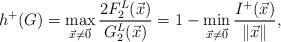
LaTeX: \begin{align*}h^+(G)=\max\limits_{\vec x\ne \vec 0}\frac{2F_2^L(\vec x )}{G_2^L(\vec x)}=1-\min\limits_{\vec x\ne \vec 0}\frac{I^+(\vec x)}{\| \vec x\|},\end{align*}